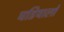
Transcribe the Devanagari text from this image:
घडियालों